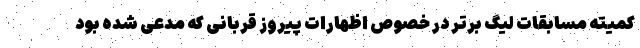
کمیته مسابقات لیگ برتر در خصوص اظهارات پیروز قربانی که مدعی شده بود